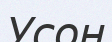
Усон